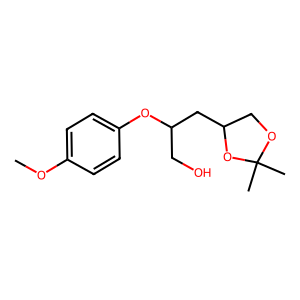
SMILES: COc1ccc(OC(CO)CC2COC(C)(C)O2)cc1
Inhibits HIV replication: No